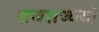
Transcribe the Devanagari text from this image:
राजराज्ययो